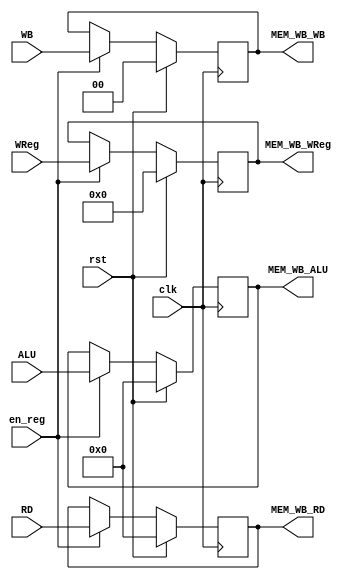
module MEM_WB( clk, rst, MEM_WB_WB, MEM_WB_RD, MEM_WB_ALU, MEM_WB_WReg,
				WB, RD, ALU, WReg, en_reg ) ;
				
	input clk, rst, en_reg ;
	input [1:0] WB ;
	input [4:0] WReg ;
	input [31:0] RD, ALU ;
	
	output reg [1:0] MEM_WB_WB ;
	output reg [4:0] MEM_WB_WReg ;
	output reg [31:0] MEM_WB_RD, MEM_WB_ALU ;
	
	always @( posedge clk ) begin
		if( rst ) begin
			MEM_WB_WB <= 2'b0 ;
			MEM_WB_WReg <= 5'b0 ;
			MEM_WB_RD <= 32'b0 ;
			MEM_WB_ALU <= 32'b0 ;
		end
		else if( en_reg ) begin
			MEM_WB_WB <= WB ;
			MEM_WB_WReg <= WReg ;
			MEM_WB_RD <= RD ;
			MEM_WB_ALU <= ALU ;
		end
				
	end
	
endmodule